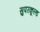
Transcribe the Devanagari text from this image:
सुपरकूल्ड